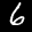
Label: 6